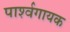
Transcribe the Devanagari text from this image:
पार्श्‍वगायक